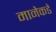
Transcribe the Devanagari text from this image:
मानेकडे